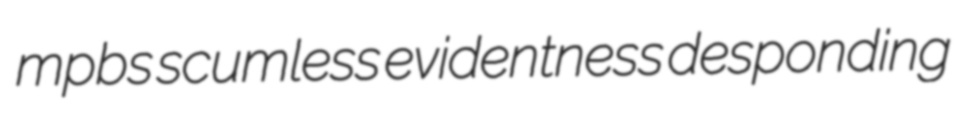
mpbs scumless evidentness desponding